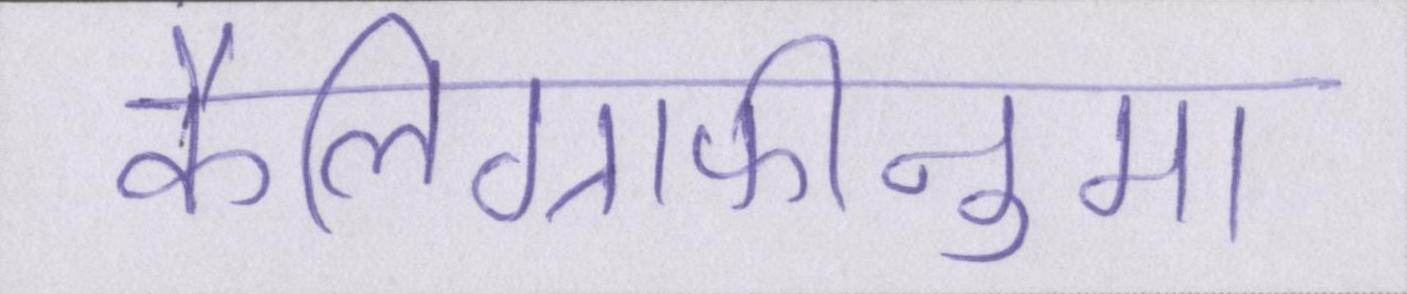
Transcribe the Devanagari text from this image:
कैलिग्राफीनुमा